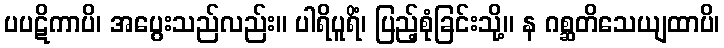
ပပဋိကာပိ၊ အပွေးသည်လည်း။ ပါရိပူရိံ၊ ပြည့်စုံခြင်းသို့။ န ဂစ္ဆတိသေယျထာပိ၊